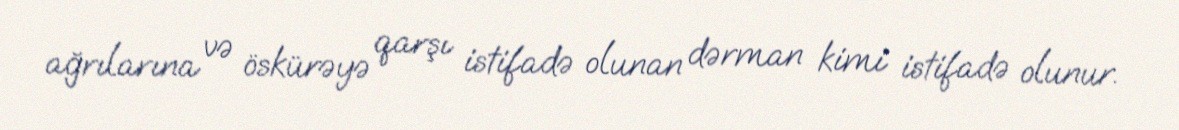
ağrılarına və öskürəyə qarşı istifadə olunan dərman kimi istifadə olunur.